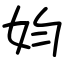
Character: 㚬